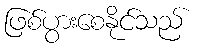
ဖြစ်ပွားစေနိုင်သည်